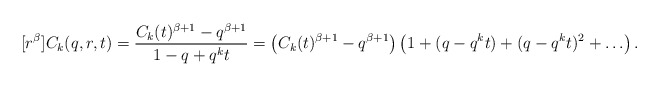
\begin{align*}[r^\beta] C_k(q,r,t) = \frac{C_k(t)^{\beta+1}-q^{\beta+1}}{1-q+q^kt} = \left( C_k(t)^{\beta+1}-q^{\beta+1} \right) \left( 1 + (q-q^kt) + (q-q^kt)^2 + \hdots \right).\end{align*}